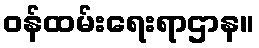
ဝန်ထမ်းရေးရာဌာန။